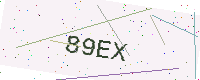
Text: 89EX